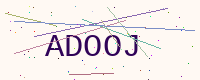
Text: ADOOJ